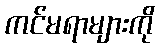
ကင်မရာများကို